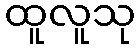
ထူလူသု